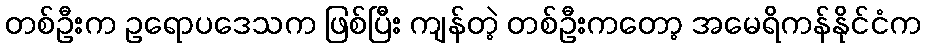
တစ်ဦးက ဥရောပဒေသက ဖြစ်ပြီး ကျန်တဲ့ တစ်ဦးကတော့ အမေရိကန်နိုင်ငံက